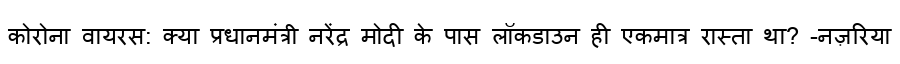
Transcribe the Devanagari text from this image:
कोरोना वायरस: क्या प्रधानमंत्री नरेंद्र मोदी के पास लॉकडाउन ही एकमात्र रास्ता था? -नज़रिया